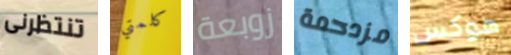
تنتظرنى كلمتي زوبعة مزدحمة هوكس